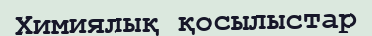
Химиялық қосылыстар